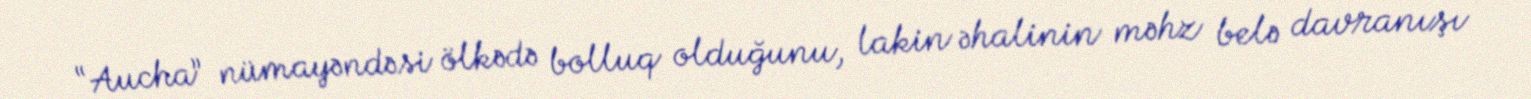
“Aucha” nümayəndəsi ölkədə bolluq olduğunu, lakin əhalinin məhz belə davranışı